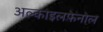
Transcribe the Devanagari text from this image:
अल्काइलफेनोल